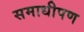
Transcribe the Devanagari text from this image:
समाधीपण